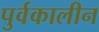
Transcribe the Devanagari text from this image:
पुर्वकालीन